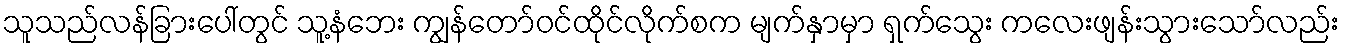
သူသည်လန်ခြားပေါ်တွင် သူ့နံဘေး ကျွန်တော်ဝင်ထိုင်လိုက်စက မျက်နှာမှာ ရှက်သွေး ကလေးဖျန်းသွားသော်လည်း